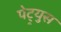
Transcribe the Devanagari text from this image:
पेट्र्युस